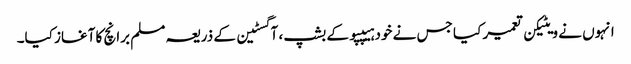
انہوں نے ویٹیکن تعمیر کیا جس نے خود ہیپپو کے بشپ ، آگسٹین کے ذریعہ مسلم برانچ کا آغاز کیا۔